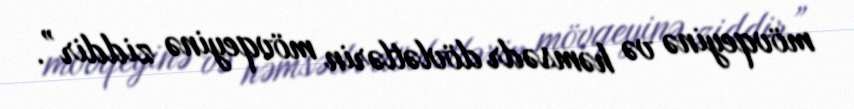
mövqeyinə və həmsədr dövlətlərin mövqeyinə ziddir”.